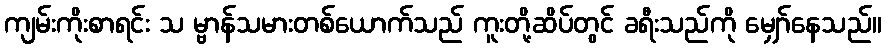
ကျမ်းကိုးစာရင်း သ မ္ဗာန်သမားတစ်ယောက်သည် ကူးတို့ဆိပ်တွင် ခရီးသည်ကို မျှော်နေသည်။